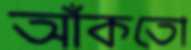
আঁকতো